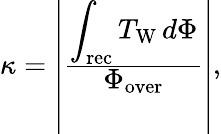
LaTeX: \begin{array}{r}{\kappa=\left|\frac{\displaystyle\int_{\mathrm{rec}}T_{\mathrm{W}}\, d\Phi}{\displaystyle\Phi_{\mathrm{over}}}\right|,}\end{array}